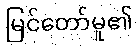
မြင်တော်မူ၏